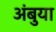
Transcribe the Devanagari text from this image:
अंबुया